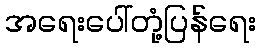
အရေးပေါ်တုံ့ပြန်ရေး